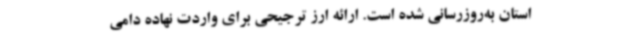
استان به‌روزرسانی شده است. ارائه ارز ترجیحی برای واردت نهاده دامی